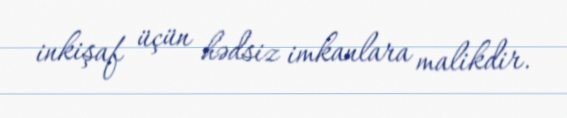
inkişaf üçün hədsiz imkanlara malikdir.